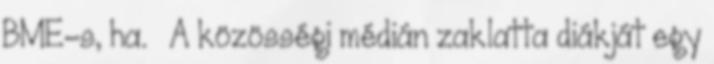
BME-s, ha. » A közösségi médián zaklatta diákját egy